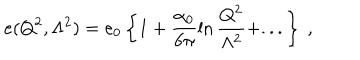
e ( Q ^ { 2 } , \Lambda ^ { 2 } ) = e _ { 0 } \left\{ 1 + \frac { \alpha _ { 0 } } { 6 \pi } \ln \frac { Q ^ { 2 } } { \Lambda ^ { 2 } } + . . . \right\} ~ ,